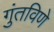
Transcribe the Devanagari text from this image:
गुंतविणे